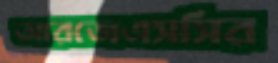
আরজেএসসির